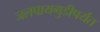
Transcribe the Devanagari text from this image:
जलपायगुडीपर्यंत